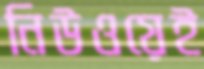
নিউওয়েই